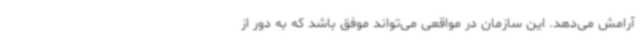
آرامش می‌دهد. این سازمان در مواقعی می‌تواند موفق باشد که به دور از